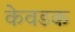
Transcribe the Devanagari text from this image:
केवडक